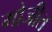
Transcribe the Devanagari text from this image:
मोजीत